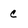
Character: c